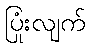
ပြုံးလျက်